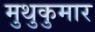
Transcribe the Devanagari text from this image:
मुथुकुमार